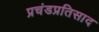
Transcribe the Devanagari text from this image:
प्रचंडप्रतिसाद